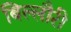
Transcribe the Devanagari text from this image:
बिल्लौरी